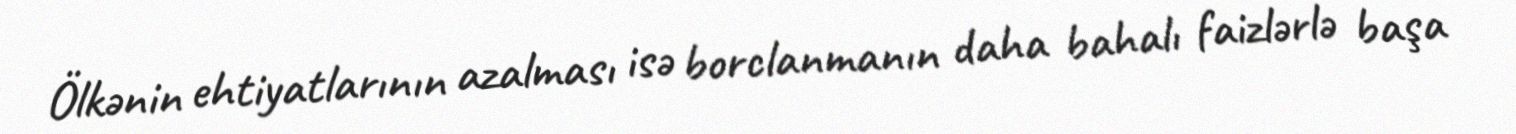
Ölkənin ehtiyatlarının azalması isə borclanmanın daha bahalı faizlərlə başa